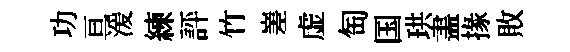
功亘湲練評竹嵳虚匋国珙𥁞掾敗